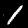
Label: 1